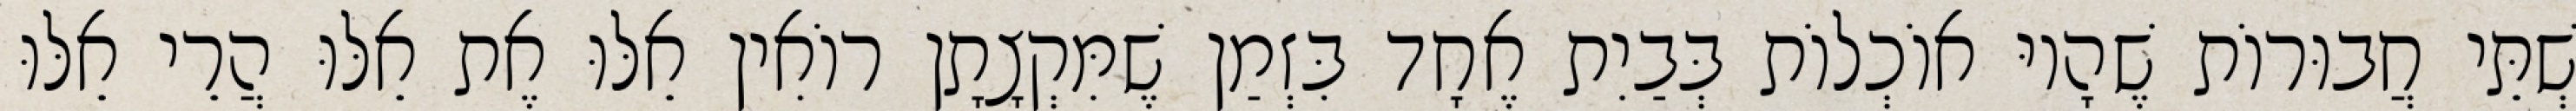
שְׁתֵּי חֲבוּרוֹת שֶׁהָיוּ אוֹכְלוֹת בְּבַיִת אֶחָד בִּזְמַן שֶׁמִּקְצָתָן רוֹאִין אֵלּוּ אֶת אֵלּוּ הֲרֵי אֵלּוּ